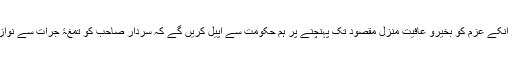
اور انکے عزم کو بخیرو عافیت منزلِ مقصود تک پہنچنے پر ہم حکومت سے اپیل کریں گے کہ سردار صاحب کو تمغۂ جرات سے نوازیں۔